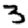
Digit: 3